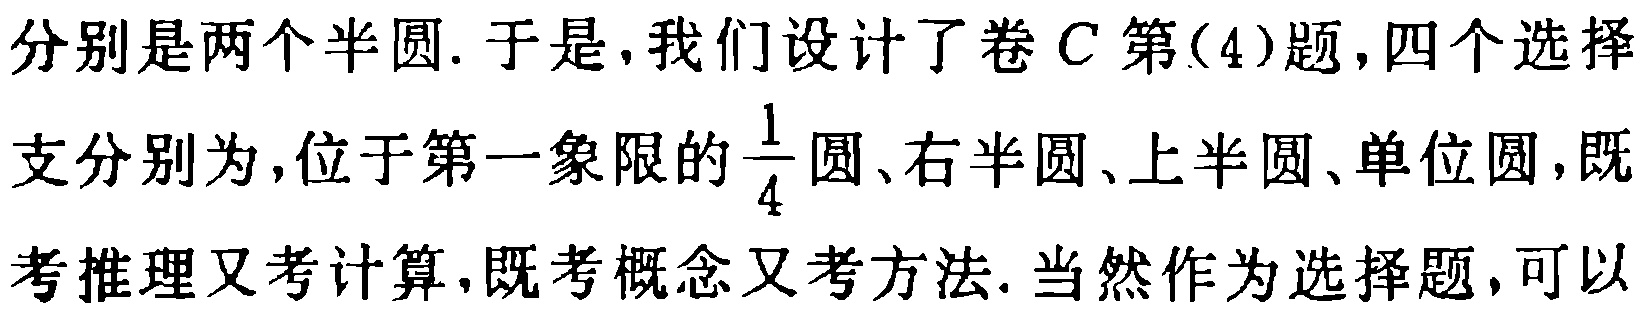
分别是两个半圆. 于是, 我们设计了卷 \(C\) 第(4)题,四个选择支分别为,位于第一象限的\(\frac{1}{4}\)圆、右半圆、上半圆、单位圆,既考推理又考计算,既考概念又考方法. 当然作为选择题,可以